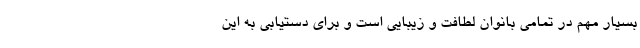
بسیار مهم در تمامی بانوان لطافت و زیبایی است و برای دستیابی به این